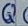
Text: Q6